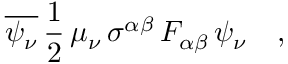
\overline { { { \psi _ { \nu } } } } \, \frac { 1 } { 2 } \, \mu _ { \nu } \, \sigma ^ { \alpha \beta } \, F _ { \alpha \beta } \, \psi _ { \nu } \ \ \ ,